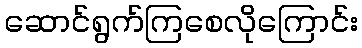
ဆောင်ရွက်ကြစေလိုကြောင်း